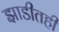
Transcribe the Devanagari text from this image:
झाडीतही